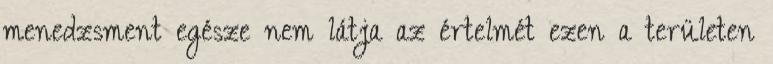
menedzsment egésze nem látja az értelmét ezen a területen